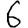
Digit: 6